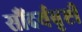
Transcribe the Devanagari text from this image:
सौंदर्यवृष्टी